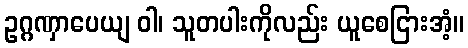
ဥဂ္ဂဏှာပေယျ ဝါ၊ သူတပါးကိုလည်း ယူစေငြားအံ့။